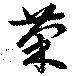
茶